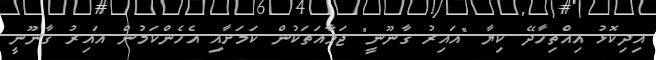
އިދިކޮޅު އިއްތިހާދޭ ކިޔާ "ޣައިރު ގާނޫނީ" ޖަމާއަތަކުން ކަމަށާއި އެހެންކަމުން ޣައިރު ގާނޫނީ